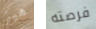
هيز فرصته